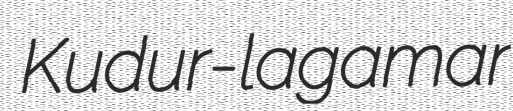
Kudur-lagamar